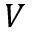
V